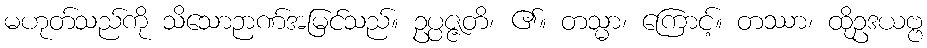
မဟုတ်သည်ကို သိသောဉာဏ်အမြင်သည်။ ဥပ္ပဇ္ဇတိ၊ ၏။ တသ္မာ၊ ကြောင့်။ တဿာ၊ ထိုဥဒယဗ္ဗ